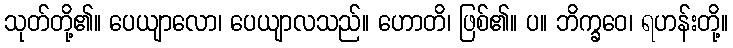
သုတ်တို့၏။ ပေယျာလော၊ ပေယျာလသည်။ ဟောတိ၊ ဖြစ်၏။ ပ။ ဘိက္ခဝေ၊ ရဟန်းတို့။